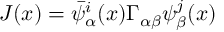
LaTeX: J ( x ) = \bar { \psi } _ { \alpha } ^ { i } ( x ) \Gamma _ { \alpha \beta } \psi _ { \beta } ^ { j } ( x )